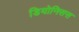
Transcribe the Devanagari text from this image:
डियोनिसस